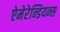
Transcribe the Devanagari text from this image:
ऐमेरेन्डियन्स